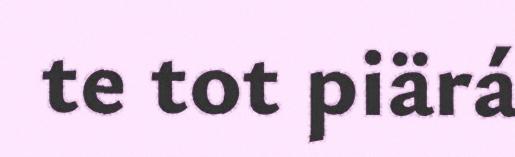
te tot piärá